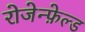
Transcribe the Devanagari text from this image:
रोजेन्फ़ेल्ड